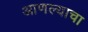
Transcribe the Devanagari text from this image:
आणल्याचा